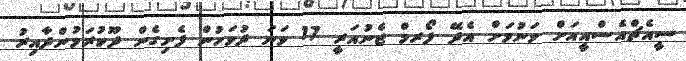
ސީއެޗްއެސްއީއަށް ވަނުމަށް އެދޭ ފޯރމް ޖެނުއަރީ 17 ވަނަ ދުވަހުން ފެށިގެން ދޫކުރަމުންދާއިރު